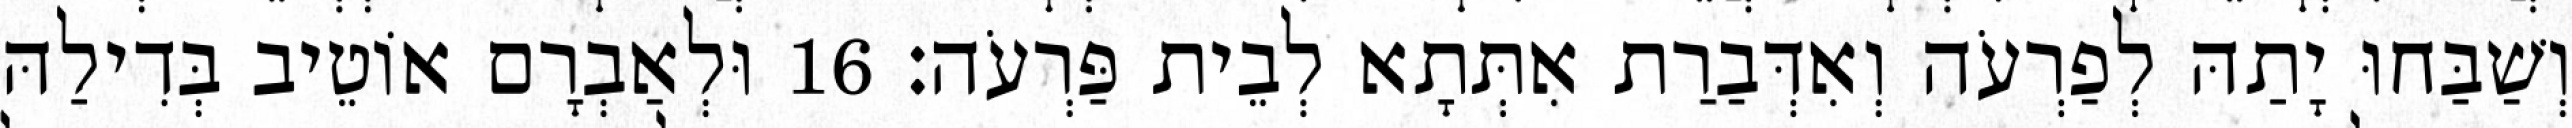
וְשַׁבַּחוּ יָתַהּ לְפַרְעֹה וְאִדְּבַרַת אִתְּתָא לְבֵית פַּרְעֹה׃ 16 וּלְאַבְרָם אוֹטֵיב בְּדִילַהּ